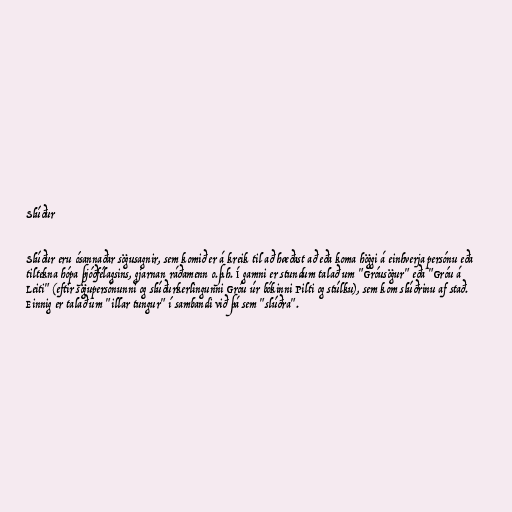
Slúður

Slúður eru ósannaðar sögusagnir, sem komið er á kreik til að hæðast að eða koma höggi á einhverja persónu eða
tiltekna hópa þjóðfélagsins, gjarnan ráðamenn o.þ.h. Í gamni er stundum talað um "Gróusögur" eða "Gróu á
Leiti" (eftir sögupersónunni og slúðurkerlingunni Gróu úr bókinni Pilti og stúlku), sem kom slúðrinu af stað.
Einnig er talað um "illar tungur" í sambandi við þá sem "slúðra".